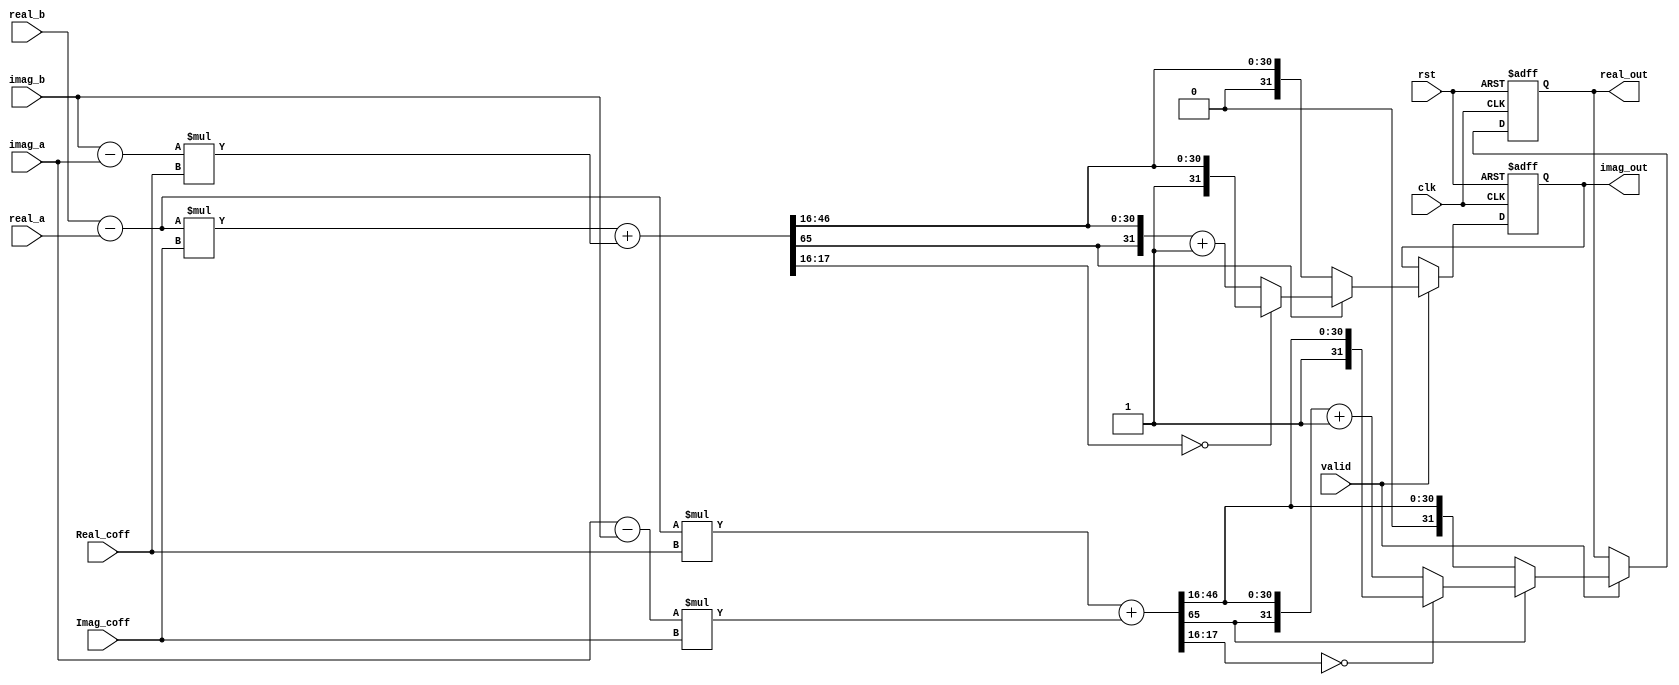
module FFT_MULTI(clk, rst, valid, real_a, imag_a, real_b, imag_b, Real_coff, Imag_coff, real_out, imag_out);

input clk, rst;
input valid;
input signed [31:0] real_a, imag_a; 	//c+dj
input signed [31:0] real_b, imag_b;	//a+bj
input signed [31:0] Real_coff, Imag_coff;
output signed [31:0] real_out;
output signed [31:0] imag_out;

wire signed [32:0] a_c_sub = real_b - real_a;
wire signed [32:0] d_b_sub = imag_a - imag_b;
wire signed [32:0] b_d_sub = imag_b - imag_a;
reg signed [31:0] real_out;
reg signed [31:0] imag_out;

wire signed [64:0] mult_tmp1 = a_c_sub*Real_coff;
wire signed [64:0] mult_tmp2 = d_b_sub*Imag_coff;
wire signed [64:0] mult_tmp3 = a_c_sub*Imag_coff;
wire signed [64:0] mult_tmp4 = b_d_sub*Real_coff;

wire signed [65:0] adder_tmp1 = mult_tmp1 + mult_tmp2;
wire signed [65:0] adder_tmp2 = mult_tmp3 + mult_tmp4;


always@(posedge clk or posedge rst)
	if(rst)
		real_out <= 0;
	else if(valid) 
		real_out <= adder_tmp1[65] ? ((adder_tmp1[17:16] == 2'b00) ? {adder_tmp1[65], adder_tmp1[46:16]} : {adder_tmp1[65], adder_tmp1[46:16]} + 1) : {adder_tmp1[65], adder_tmp1[46:16]} ;

always@(posedge clk or posedge rst)
	if(rst)
		imag_out <= 0;
	else if(valid) 
		imag_out <= adder_tmp2[65] ? ((adder_tmp2[17:16] == 2'b00) ? {adder_tmp2[65], adder_tmp2[46:16]} : {adder_tmp2[65], adder_tmp2[46:16]} + 1) : {adder_tmp2[65], adder_tmp2[46:16]};

endmodule